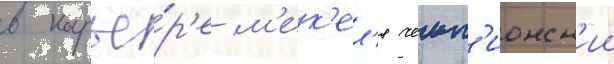
в карье́р'е м'ек'ел'я чемп'ионск'ии